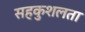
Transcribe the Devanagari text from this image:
सहकुशलता